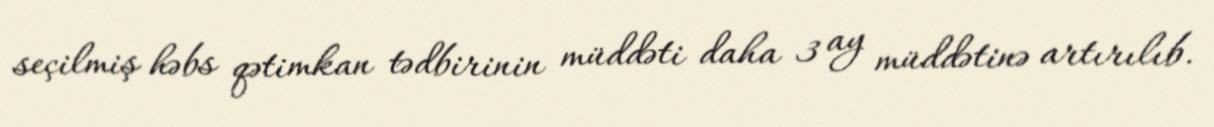
seçilmiş həbs qətimkan tədbirinin müddəti daha 3 ay müddətinə artırılıb.